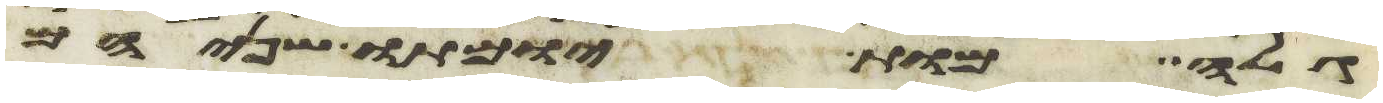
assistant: גלה מות יומתו שניהם